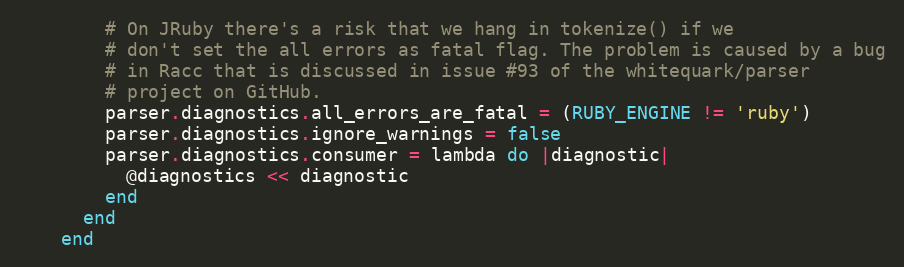
Language: Ruby
        # On JRuby there's a risk that we hang in tokenize() if we
        # don't set the all errors as fatal flag. The problem is caused by a bug
        # in Racc that is discussed in issue #93 of the whitequark/parser
        # project on GitHub.
        parser.diagnostics.all_errors_are_fatal = (RUBY_ENGINE != 'ruby')
        parser.diagnostics.ignore_warnings = false
        parser.diagnostics.consumer = lambda do |diagnostic|
          @diagnostics << diagnostic
        end
      end
    end